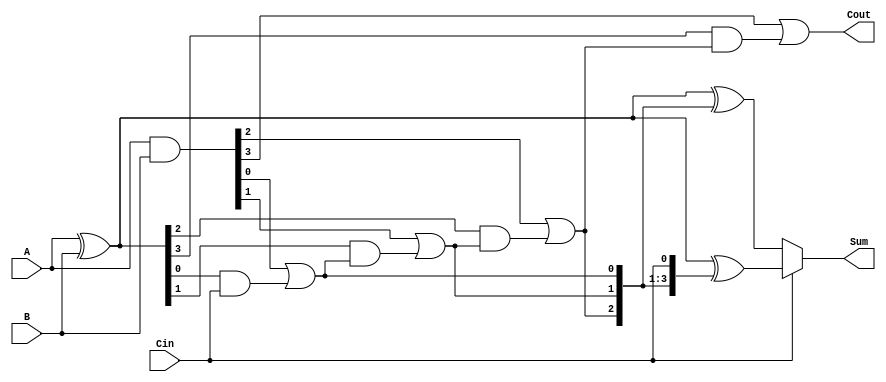
module ParallelPrefixCarrySelectAdder #(
    parameter N = 4 // Number of bits
)(
    input [N-1:0] A,    // First input
    input [N-1:0] B,    // Second input
    input Cin,          // Carry-in
    output [N-1:0] Sum, // Sum output
    output Cout         // Carry-out
);

// Generate and propagate signals
wire [N-1:0] G; // Generate signals
wire [N-1:0] P; // Propagate signals
assign G = A & B;
assign P = A ^ B;

// Intermediate carry signals
wire [N:0] C; // Carry signals (C[0] = Cin)
assign C[0] = Cin;

// Carry generation using prefix tree
generate
genvar i;
for (i = 0; i < N; i = i + 1) begin : carry_gen
    assign C[i + 1] = G[i] | (P[i] & C[i]);
end
endgenerate

// Sum outputs for both carry-in cases
wire [N-1:0] Sum0; // Sum when Cin = 0
wire [N-1:0] Sum1; // Sum when Cin = 1

assign Sum0 = P ^ C[N-1:1]; // Sum for Cin = 0
assign Sum1 = P ^ C[N:0];    // Sum for Cin = 1

// Carry-out selection based on carry-in
assign Cout = C[N];
assign Sum = Cin ? Sum1 : Sum0; // Final sum output

endmodule